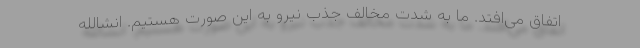
اتفاق می‌افتد. ما به شدت مخالف جذب نیرو به این صورت هستیم. انشالله